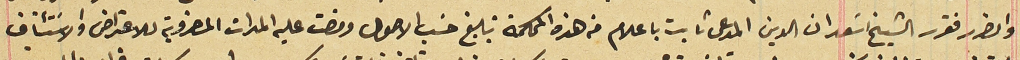
والضرر فقرر الشيخ اسَعد ان الدين المدعى ثابت باعلام من هذه المحكمة تبليغ حسَب الاصول ومضت عليه المدات المضروبة للاعتراض والاسَتئناف